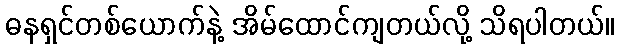
ဓနရှင်တစ်ယောက်နဲ့ အိမ်ထောင်ကျတယ်လို့ သိရပါတယ်။